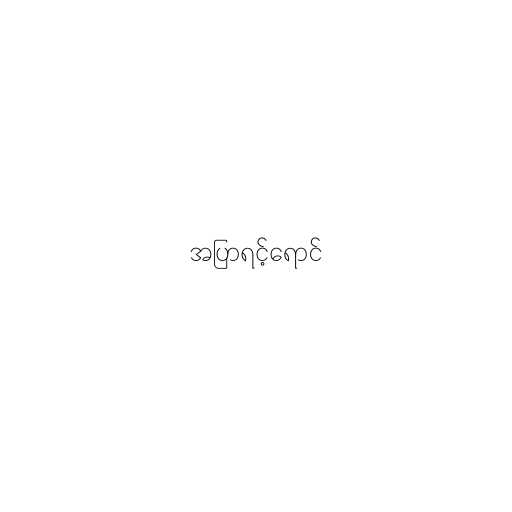
အပြာရင့်ရောင်